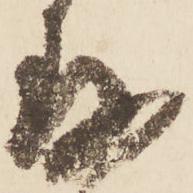
存